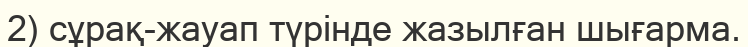
2) сұрақ-жауап түрінде жазылған шығарма.